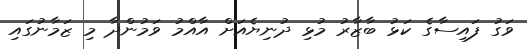
ވަގު ފައިސާގެ ކަޅު ބާޒާރު މުޅި ދުނިޔެއަށް އާއްމު ވަމުންދާ މި ޒަމާނުގައި